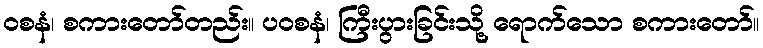
ဝစနံ၊ စကားတော်တည်း။ ပဝစနံ၊ ကြီးပွားခြင်းသို့ ရောက်သော စကားတော်။